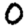
Digit: 0